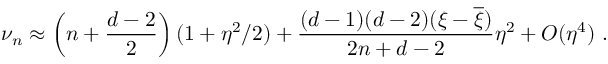
\nu _ { n } \approx \left( n + \frac { d - 2 } 2 \right) ( 1 + \eta ^ { 2 } / 2 ) + \frac { ( d - 1 ) ( d - 2 ) ( \xi - \overline { { { \xi } } } ) } { 2 n + d - 2 } \eta ^ { 2 } + O ( \eta ^ { 4 } ) \ .